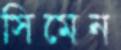
সিমেন